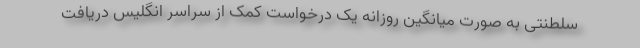
سلطنتی به صورت میانگین روزانه یک درخواست کمک از سراسر انگلیس دریافت